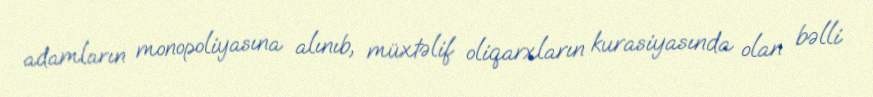
adamların monopoliyasına alınıb, müxtəlif oliqarxların kurasiyasında olan bəlli